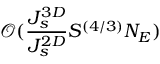
\mathcal { O } ( \frac { J _ { s } ^ { 3 D } } { J _ { s } ^ { 2 D } } S ^ { ( 4 / 3 ) } N _ { E } )